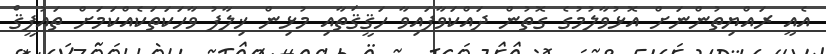
އެއީ ރައްޔިތުންނަށް އޮޅުވާލުމުގެ ގޮތުން ދައްކަވާފައިވާ ހަޤީޤަތާއި މުޅިން ޚިލާފު ވާހަކަތަކެއްކަމަށް ތައުފީޤް